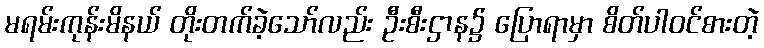
မရမ်းကုန်းမိနယ် တိုးတက်ခဲ့သော်လည်း ဦးစီးဌာန၌ ပြောရာမှာ စိတ်ပါဝင်စားတဲ့